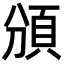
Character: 頒